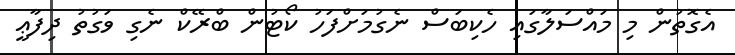
އެގޮތުން މި މައްސަލާގައި ހެކިބަސް ނެގުމަށްފަހު ކޯޓުން ބްރޭކް ނެގި ވަގުތު ދިފާޢީ